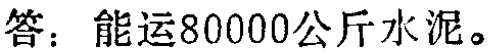
答：能运80000公斤水泥。